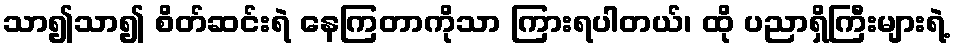
သာ၍သာ၍ စိတ်ဆင်းရဲ နေကြတာကိုသာ ကြားရပါတယ်၊ ထို ပညာရှိကြီးများရဲ့